Report of the Indian Hemp Drugs Commission, 1894-1895 - Volume I
Year: 1894
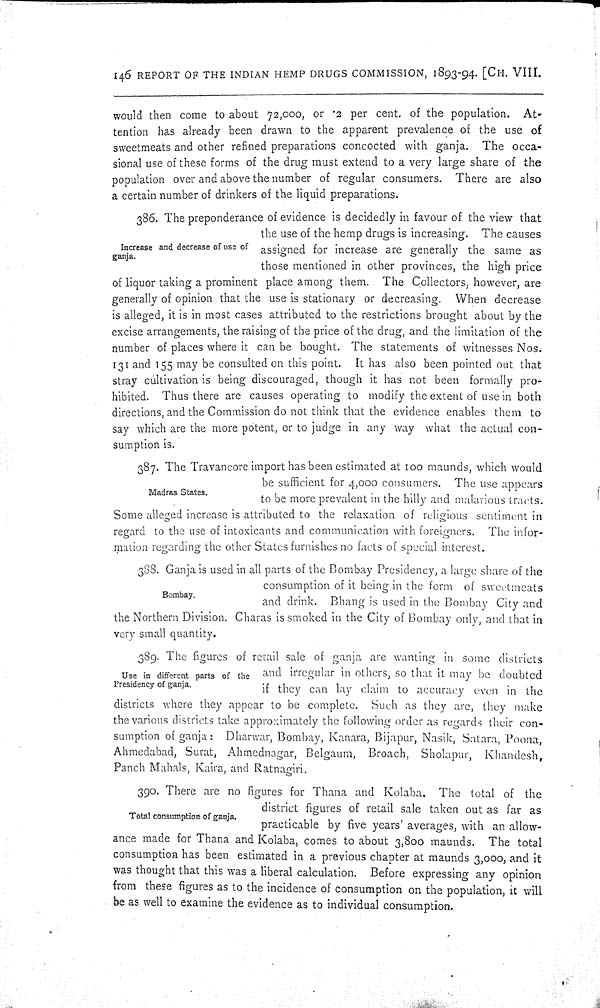
146 REPORT OF THE INDIAN HEMP DRUGS COMMISSION, 1893-94. [CH. VIII.
would then come to about 72,000, or .2 per cent. of the population. At-
tention has already been drawn to the apparent prevalence of the use of
sweetmeats and other refined preparations concocted with ganja. The occa-
sional use of these forms of the drug must extend to a very large share of the
population over and above the number of regular consumers. There are also
a certain number of drinkers of the liquid preparations.
Increase and decrease of use of
ganja.
386. The preponderance of evidence is decidedly in favour of the view that
the use of the hemp drugs is increasing. The causes
assigned for increase are generally the same as
those mentioned in other provinces, the high price
of liquor taking a prominent place among them. The Collectors, however, are
generally of opinion that the use is stationary or decreasing. When decrease
is alleged, it is in most cases attributed to the restrictions brought about by the
excise arrangements, the raising of the price of the drug, and the limitation of the
number of places where it can be bought. The statements of witnesses Nos.
131 and 155 may be consulted on this point. It has also been pointed out that
stray cultivation is being discouraged, though it has not been formally pro-
hibited. Thus there are causes operating to modify the extent of use in both
directions, and the Commission do not think that the evidence enables them to
say which are the more potent, or to judge in any way what the actual con-
sumption is.
Madras States.
387. The Travancore import has been estimated at 100 maunds, which would
be sufficient for 4,000 consumers. The use appears
to be more prevalent in the hilly and malarious tracts.
Some alleged increase is attributed to the relaxation of religious sentiment in
regard to the use of intoxicants and communication with foreigners. The infor-
mation regarding the other States furnishes no facts of special interest.
Bombay.
388. Ganja is used in all parts of the Bombay Presidency, a large share of the
consumption of it being in the form of sweetmeats
and drink. Bhang is used in the Bombay City and
the Northern Division. Charas is smoked in the City of Bombay only, and that in
very small quantity.
Use in different parts of the
Presidency of ganja.
389. The figures of retail sale of ganja are wanting in some districts
and irregular in others, so that it may be doubted
if they can lay claim to accuracy even in the
districts where they appear to be complete. Such as they are, they make
the various districts take approximately the following order as regards their con-
sumption of ganja: Dharwar, Bombay, Kanara, Bijapur, Nasik, Satara, Poona,
Ahmedabad, Surat, Ahmednagar, Belgaum, Broach, Sholapur, Khandesh,
Panch Mahals, Kaira, and Ratnagiri.
Total consumption of ganja.
390. There are no figures for Thana and Kolaba. The total of the
district figures of retail sale taken out as far as
practicable by five years' averages, with an allow-
ance made for Thana and Kolaba, comes to about 3,800 maunds. The total
consumption has been estimated in a previous chapter at maunds 3,000, and it
was thought that this was a liberal calculation. Before expressing any opinion
from these figures as to the incidence of consumption on the population, it will
be as well to examine the evidence as to individual consumption.